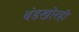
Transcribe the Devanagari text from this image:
बंडखोरही